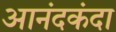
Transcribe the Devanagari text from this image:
आनंदकंदा